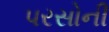
પરસોની